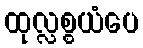
ထုလ္လစ္စယံပေ